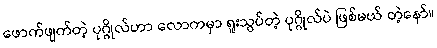
ဖောက်ဖျက်တဲ့ ပုဂ္ဂိုလ်ဟာ လောကမှာ ရူးသွပ်တဲ့ ပုဂ္ဂိုလ်ပဲ ဖြစ်မယ် တဲ့နော်။